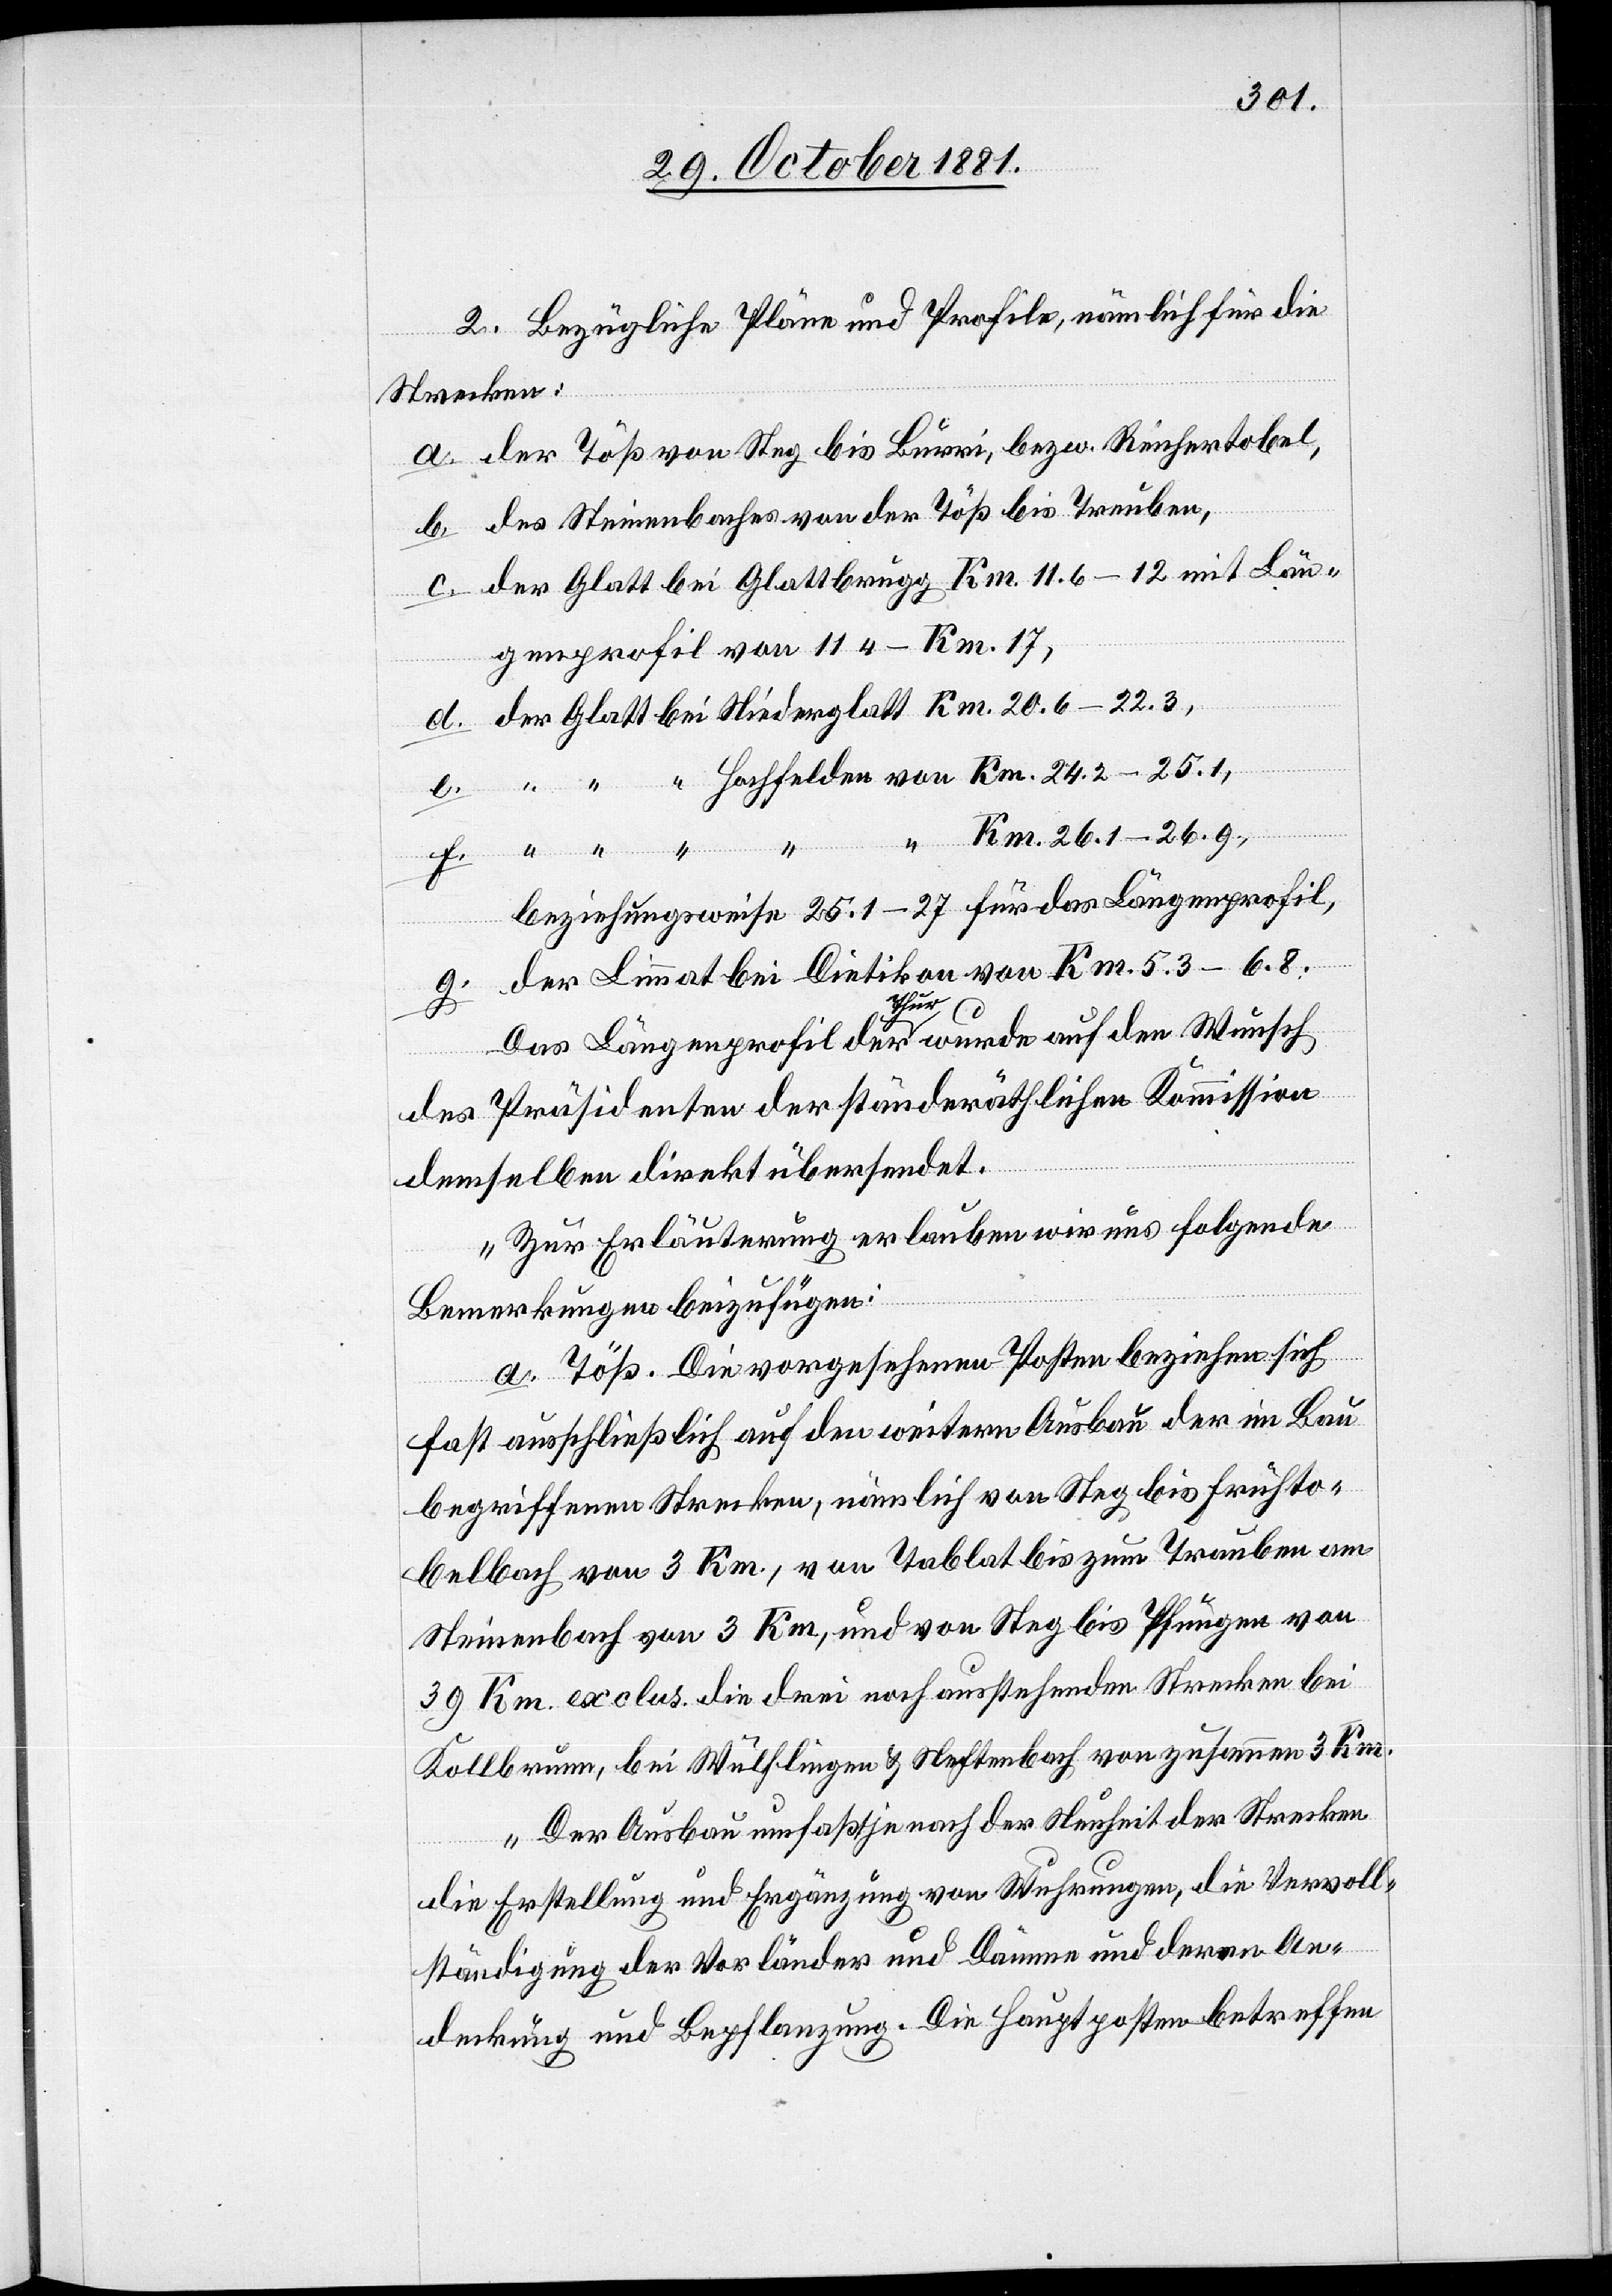
2. Bezügliche Pläne und Profile, nämlich für die
Strecken:
a. der Töß von Steg bis Burri, bezw. Renhertobel,
b. des Steinenbaches von der Töß bis Treuben,
c. der Glatt bei Glattbrugg Km. 11.6–12 mit Län¬
genprofil von 11 4–Km. 17,
d. der Glatt bei Niederglatt Km. 20.6–22.3,
“ “ “ Hochfelden von Km. 24.2–25.1,
f.
“ Km. 26.1–26.9,
beziehungsweise 25.1–27 für das Längenprofil,
g. der Limmat bei Dietikon von Km. 5.3–6.8.
Das Längenprofil der Thur wurde auf den Wunsch
des Präsidenten der ständeräthlichen Kommission
demselben direkt übersendet.
Zur Erläuterung erlauben wir uns folgende
Bemerkungen beizufügen:
a. Töß. Die vorgesehenen Posten beziehen sich
fast ausschließlich auf den weitern Ausbau der im Bau
begriffenen Strecken, nämlich von Steg bis Frühto¬
belbach von 3 Km., von Tablat bis zum Trauben
Steinenbach von 3 Km, und von Steg bis Pfungen von
39 Km. exclus. die drei noch ausstehenden Strecken bei
Kollbrunn, bei Wülflingen & Neftenbach von zusammen 3 Km.
Der Ausbau umfaßt je nach der Neuheit der Strecken
die Erstellung und Ergänzung von Wuhrungen, die Vervoll¬
ständigung der Vorländer und Dämme und deren An¬
deckung und Bepflanzung. Die Hauptposten betreffen